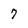
Character: 7